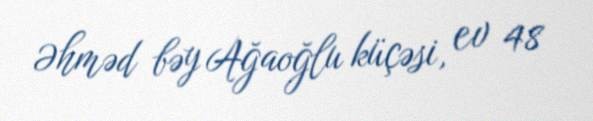
Əhməd bəy Ağaoğlu küçəsi, ev 48